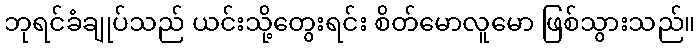
ဘုရင်ခံချုပ်သည် ယင်းသို့တွေးရင်း စိတ်မောလူမော ဖြစ်သွားသည်။